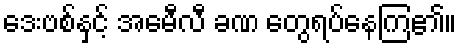
ဒေးဗစ်နှင့် အေမီလီ ခဏ တွေရပ်နေကြ၏။